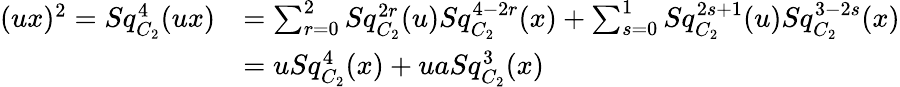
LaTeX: \begin{array}{rl}{(ux)^{2}=Sq_{C_{2}}^{4}(ux)}&{=\sum_{r=0}^{2}Sq_{C_{2}}^{2r}(u)Sq_{C_{2}}^{4-2r}(x)+\sum_{s=0}^{1}Sq_{C_{2}}^{2s+1}(u)Sq_{C_{2}}^{3-2s}(x)}\\ &{=uSq_{C_{2}}^{4}(x)+uaSq_{C_{2}}^{3}(x)}\end{array}